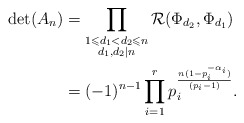
\begin{align*}\det(A_n) &= \prod_{\substack{1 \leqslant d_1 < d_2 \leqslant n \\ d_1, d_2 \mid n}} \mathcal{R}(\Phi_{d_2}, \Phi_{d_1})\\&= (-1)^{n-1} \prod_{i=1}^r p_i^{\frac {n(1-p_i^{-\alpha_i})} {(p_i-1)}}.\end{align*}